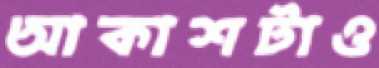
আকাশটাও